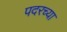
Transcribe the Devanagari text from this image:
पदरच्या